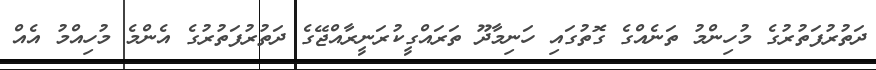
ދަތުރުފަތުރުގެ މުހިންމު ތަނެއްގެ ގޮތުގައި ހަނިމާދޫ ތަރައްގީކުރަނީރާއްޖޭގެ ދަތުރުފަތުރުގެ އެންމެ މުހިއްމު އެއް